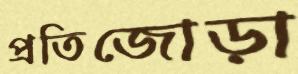
প্রতিজোড়া